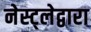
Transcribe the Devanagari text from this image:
नेस्ट्लेद्वारा